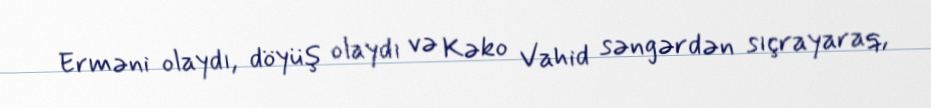
Erməni olaydı, döyüş olaydı və Kəko Vahid səngərdən sıçrayaraq,